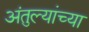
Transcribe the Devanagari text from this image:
अंतुल्यांच्या